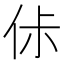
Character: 㑐